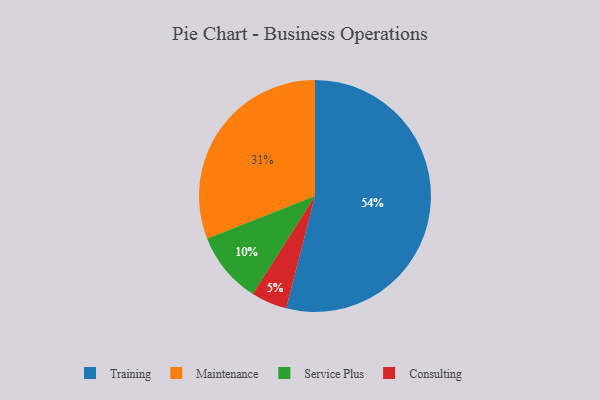
{"axis": {"x": "Category", "y": "Percentage"}, "legend": ["Consulting", "Maintenance", "Service Plus", "Training"], "data": [{"x": "Training", "y": 54, "type": "Training"}, {"x": "Maintenance", "y": 31, "type": "Maintenance"}, {"x": "Service Plus", "y": 10, "type": "Service Plus"}, {"x": "Consulting", "y": 5, "type": "Consulting"}]}